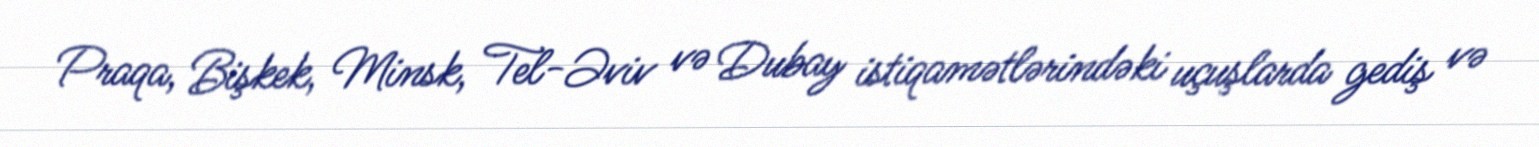
Praqa, Bişkek, Minsk, Tel-Əviv və Dubay istiqamətlərindəki uçuşlarda gediş və